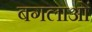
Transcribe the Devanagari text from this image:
बगलाओं